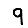
Digit: 9